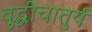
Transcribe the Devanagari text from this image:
बुद्धीचातुर्य